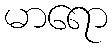
မာရော